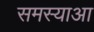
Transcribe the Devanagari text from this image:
समस्याआ